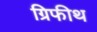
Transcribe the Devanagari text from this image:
ग्रिफीथ